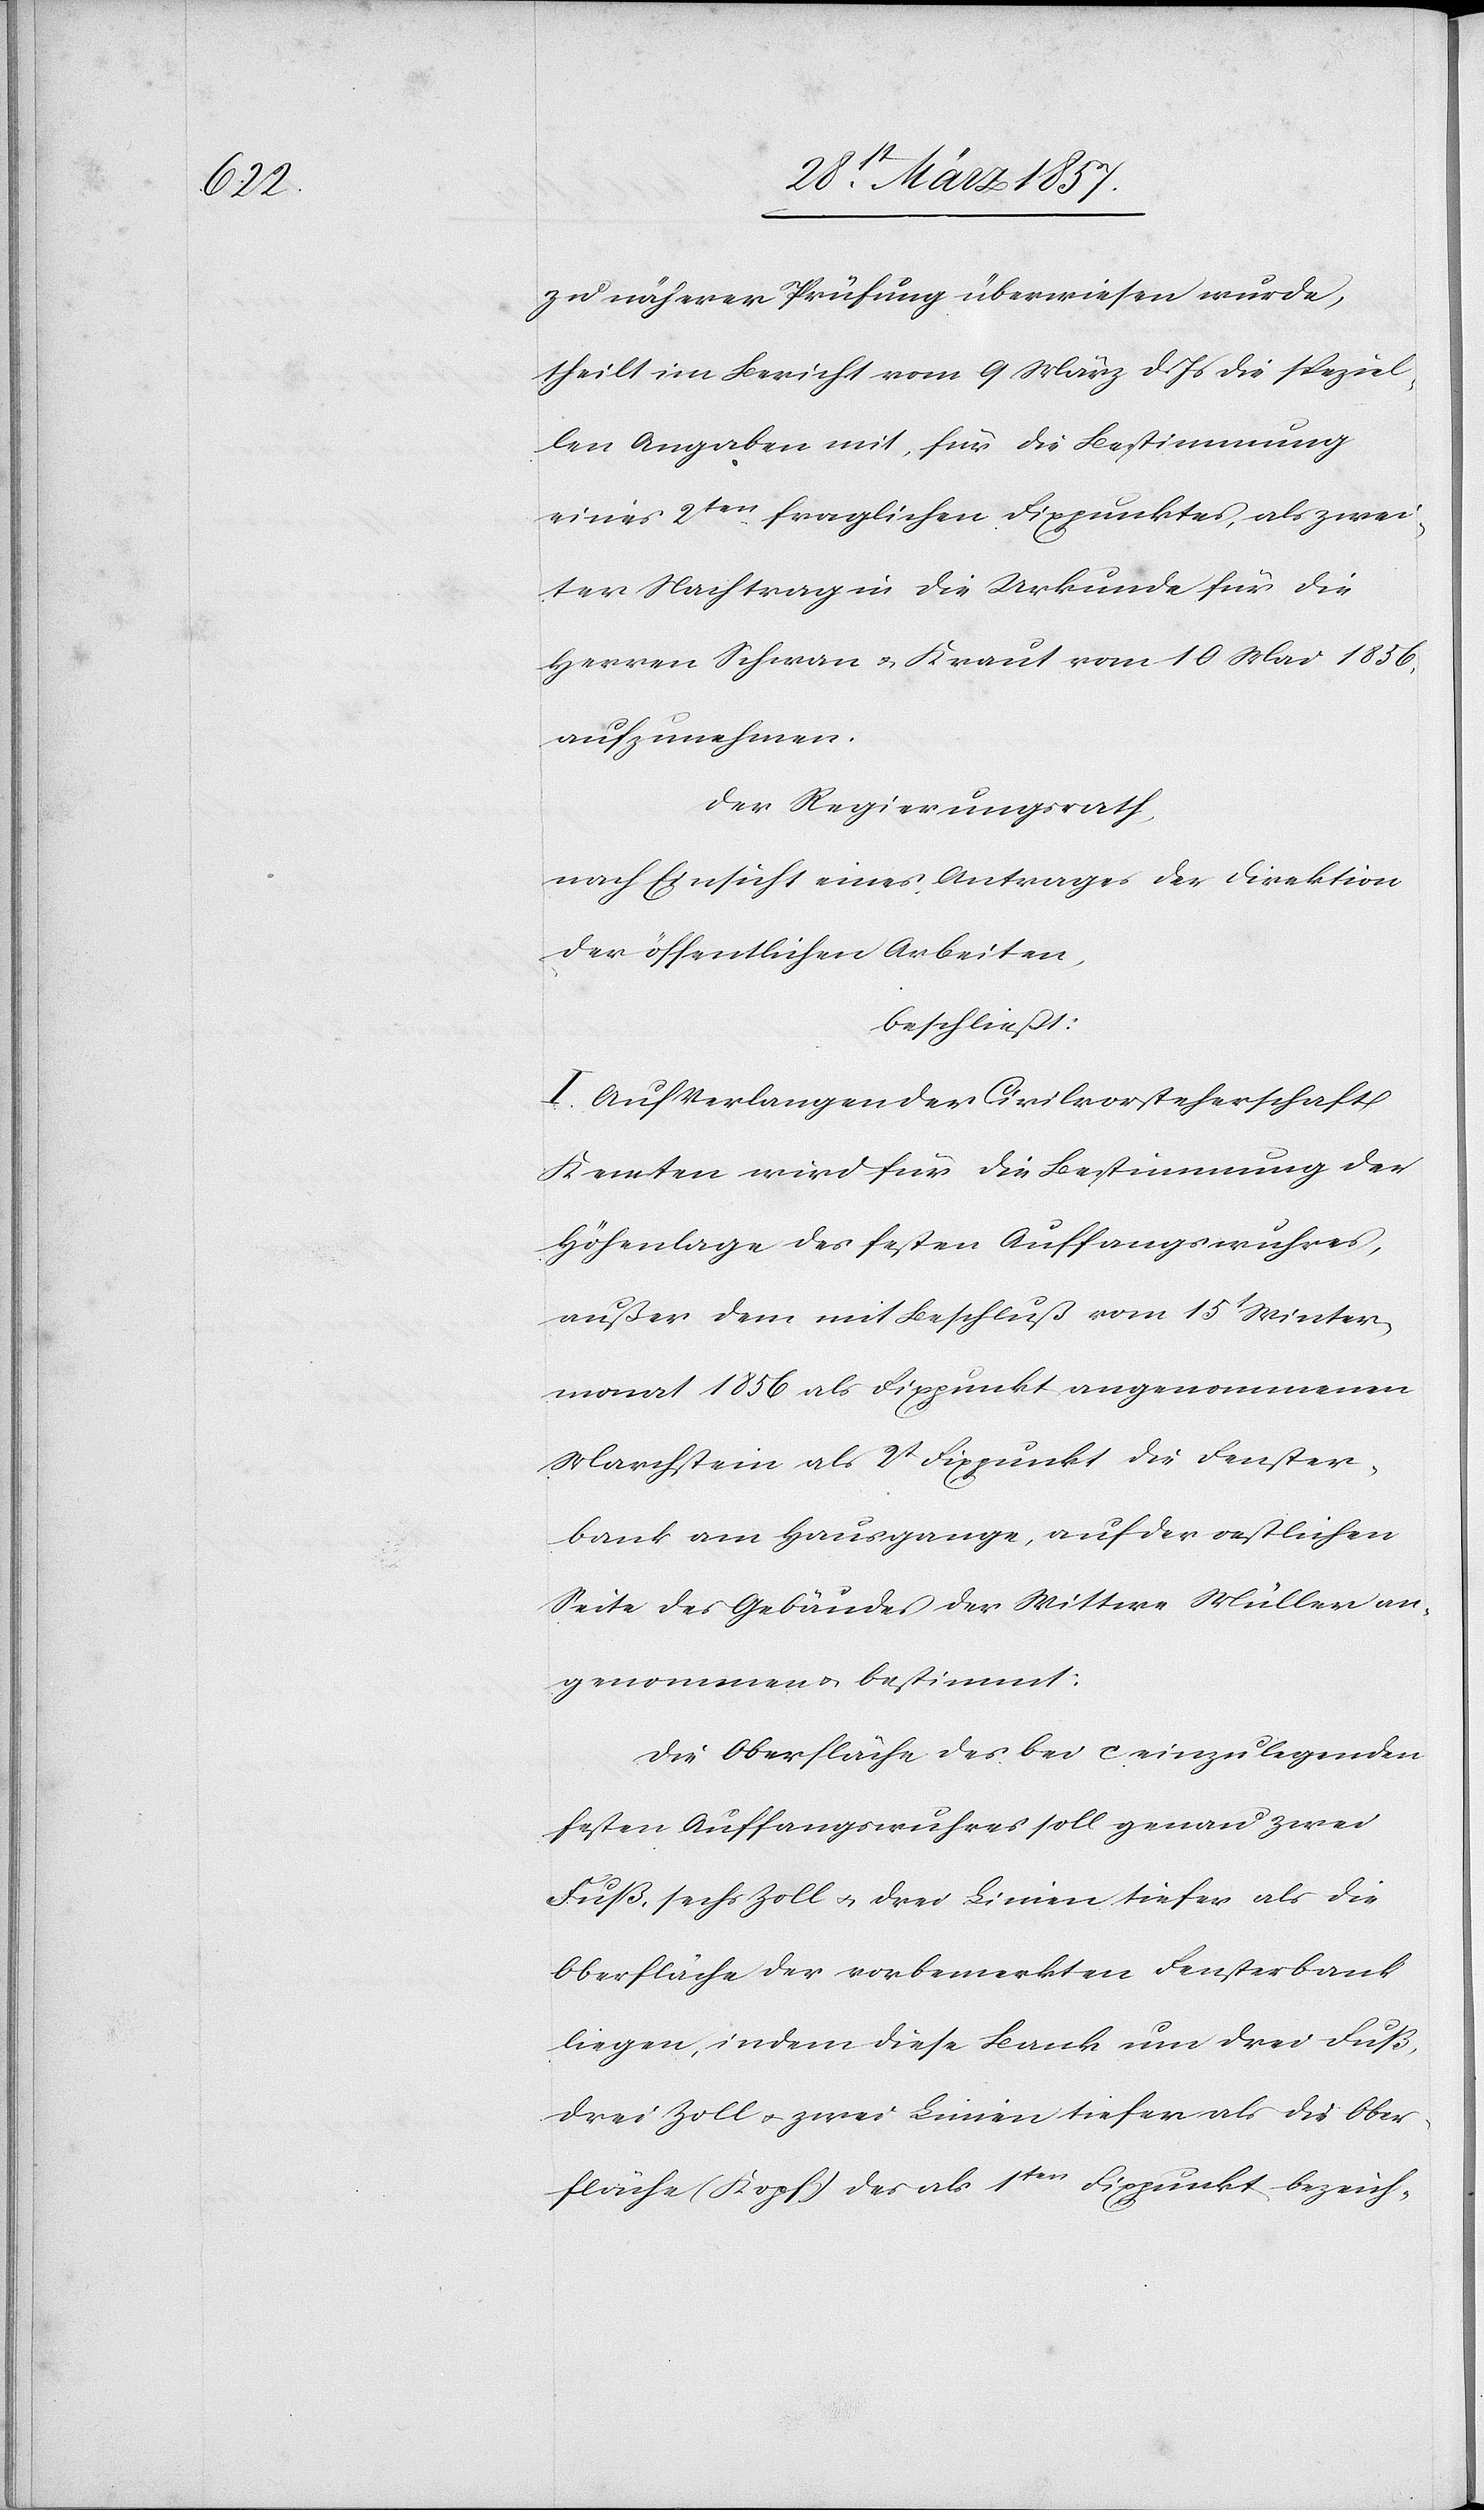
zu näherer Prüfung überwiesen wurde,
theilt im Bericht vom 9 März d. Js die speziel¬
len Angaben mit, für die Bestimmung
eines 2ten fraglichen Fixpunktes, als zwei¬
ter Nachtrag in die Urkunde für die
Herren Schwan u. Kraut vom 10 Mai 1856,
aufzunehmen.
Der Regierungsrath,
nach Einsicht eines Antrages der Direktion
der öffentlichen Arbeiten,
beschließt:
I. Auf Verlangen der Civilvorsteherschaft
Kemten wird für die Bestimmung der
Höhenlage des festen Auffangswuhres,
außer dem mit Beschluß vom 15t Winter¬
monat 1856 als Fixpunkt angenommenen
Marchstein als 2t Fixpunkt die Fenster¬
bank am Hausgange, auf der oestlichen
Seite des Gebäudes der Wittwe Müller an¬
genommen u. bestimmt.
Die Oberfläche des bei c einzulegenden
festen Auffangswuhres soll genau zwei
Fuß, sechs Zoll u. drei Linien tiefer als die
Oberfläche der vorbemerkten Fensterbank
liegen, indem diese Bank nun drei Fuß,
drei Zoll u. zwei Linien tiefer als die Ober¬
fläche (Kopf) des als 1ter Fixpunkt bezeich-